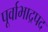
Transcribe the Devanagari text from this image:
पूर्वाभाद्रपद